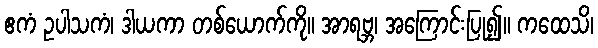
ဧကံ ဥပါသကံ၊ ဒါယကာ တစ်ယောက်ကို။ အာရဗ္ဘ၊ အကြောင်းပြု၍။ ကထေသိ၊